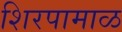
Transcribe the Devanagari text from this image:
शिरपामाळ